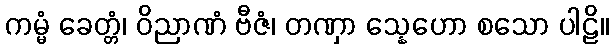
ကမ္မံ ခေတ္တံ၊ ဝိညာဏံ ဗီဇံ၊ တဏှာ သ္နေဟော စသော ပါဠိ။